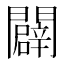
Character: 闢